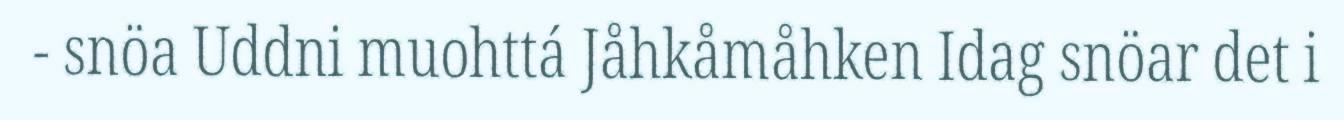
- snöa Uddni muohttá Jåhkåmåhken Idag snöar det i